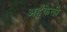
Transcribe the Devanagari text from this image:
अहँकेली